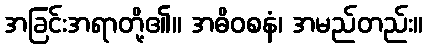
အခြင်းအရာတို့၏။ အဓိဝစနံ၊ အမည်တည်း။